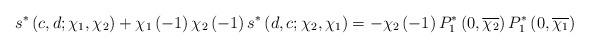
LaTeX: \begin{align*}s^{\ast}\left( c,d;\chi_{1},\chi_{2}\right) +\chi_{1}\left( -1\right)\chi_{2}\left( -1\right) s^{\ast}\left( d,c;\chi_{2},\chi_{1}\right)=-\chi_{2}\left( -1\right) P_{1}^{\ast}\left( 0,\overline{\chi_{2}}\right)P_{1}^{\ast}\left( 0,\overline{\chi_{1}}\right) \end{align*}